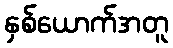
နှစ်ယောက်အတူ